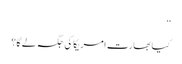
‘‘
کیا بھارت امریکا کی جگہ لے گا؟